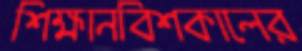
শিক্ষানবিশকালের